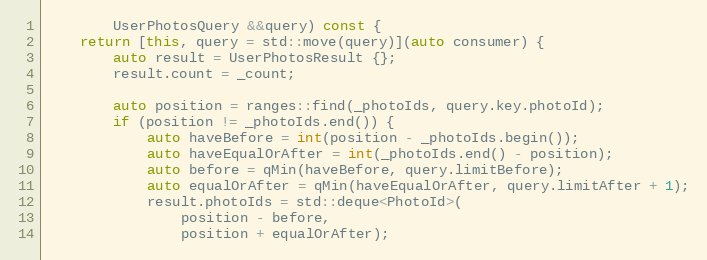
Language: C++
		UserPhotosQuery &&query) const {
	return [this, query = std::move(query)](auto consumer) {
		auto result = UserPhotosResult {};
		result.count = _count;

		auto position = ranges::find(_photoIds, query.key.photoId);
		if (position != _photoIds.end()) {
			auto haveBefore = int(position - _photoIds.begin());
			auto haveEqualOrAfter = int(_photoIds.end() - position);
			auto before = qMin(haveBefore, query.limitBefore);
			auto equalOrAfter = qMin(haveEqualOrAfter, query.limitAfter + 1);
			result.photoIds = std::deque<PhotoId>(
				position - before,
				position + equalOrAfter);